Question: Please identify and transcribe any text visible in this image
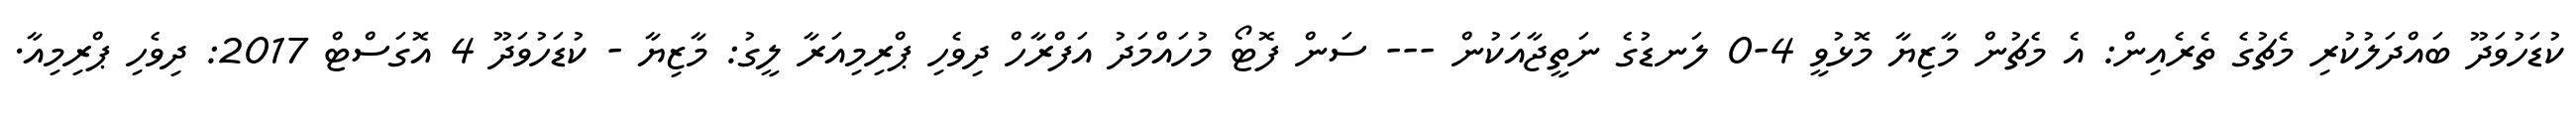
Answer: ކުޑަހުވަދޫ ބައްދަލުކުރި މެޗުގެ ތެރެއިން: އެ މެޗުން މާޒިޔާ މޮޅުވީ 4-0 ލަނޑުގެ ނަތީޖާއަކުން --- ސަން ފޮޓޯ މުހައްމަދު އަފްރާހް ދިވެހި ޕްރިމިއަރާ ލީގު: މާޒިޔާ - ކުޑަހުވަދޫ 4 އޮގަސްޓް 2017: ދިވެހި ޕްރިމިއާ.